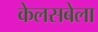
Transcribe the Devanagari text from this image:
केलसबेला